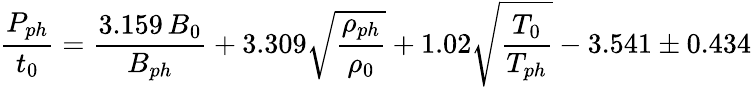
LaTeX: \frac{P_{ph}}{t_{0}}=\frac{3.159\, B_{0}}{B_{ph}}+3.309\sqrt{\frac{\rho_{ph}}{\rho_{0}}}+1.02\sqrt{\frac{T_{0}}{T_{ph}}}-3.541\pm 0.434